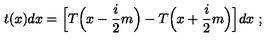
t ( x ) d x = \Big [ T \Big ( x - \frac { i } { 2 } m \Big ) - T \Big ( x + \frac { i } { 2 } m \Big ) \Big ] d x \ ;